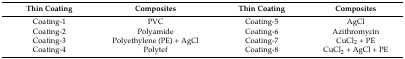
<table><thead><tr><td><b>Thin Coating</b></td><td><b>Composites</b></td><td><b>Thin Coating</b></td><td><b>Composites</b></td></tr></thead><tbody><tr><td>Coating-1</td><td>PVC</td><td>Coating-5</td><td>AgCl</td></tr><tr><td>Coating-2</td><td>Polyamide</td><td>Coating-6</td><td>Azithromycin</td></tr><tr><td>Coating-3</td><td>Polyethylene (PE) + AgCl</td><td>Coating-7</td><td>CuCl<sub>2</sub> + PE</td></tr><tr><td>Coating-4</td><td>Polytef</td><td>Coating-8</td><td>CuCl<sub>2</sub> + AgCl + PE</td></tr></tbody></table>